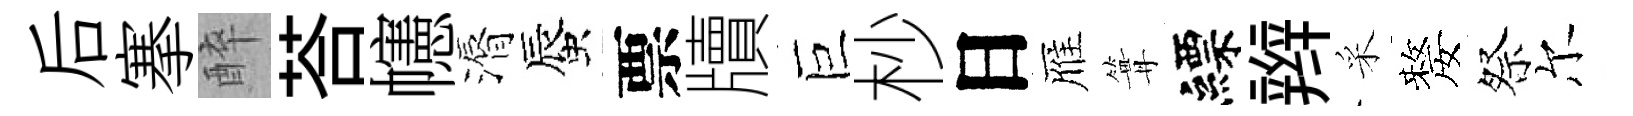
后搴醉荅幰漘蜃票牘巨杪日雁篝縹辫采嫠祭尔